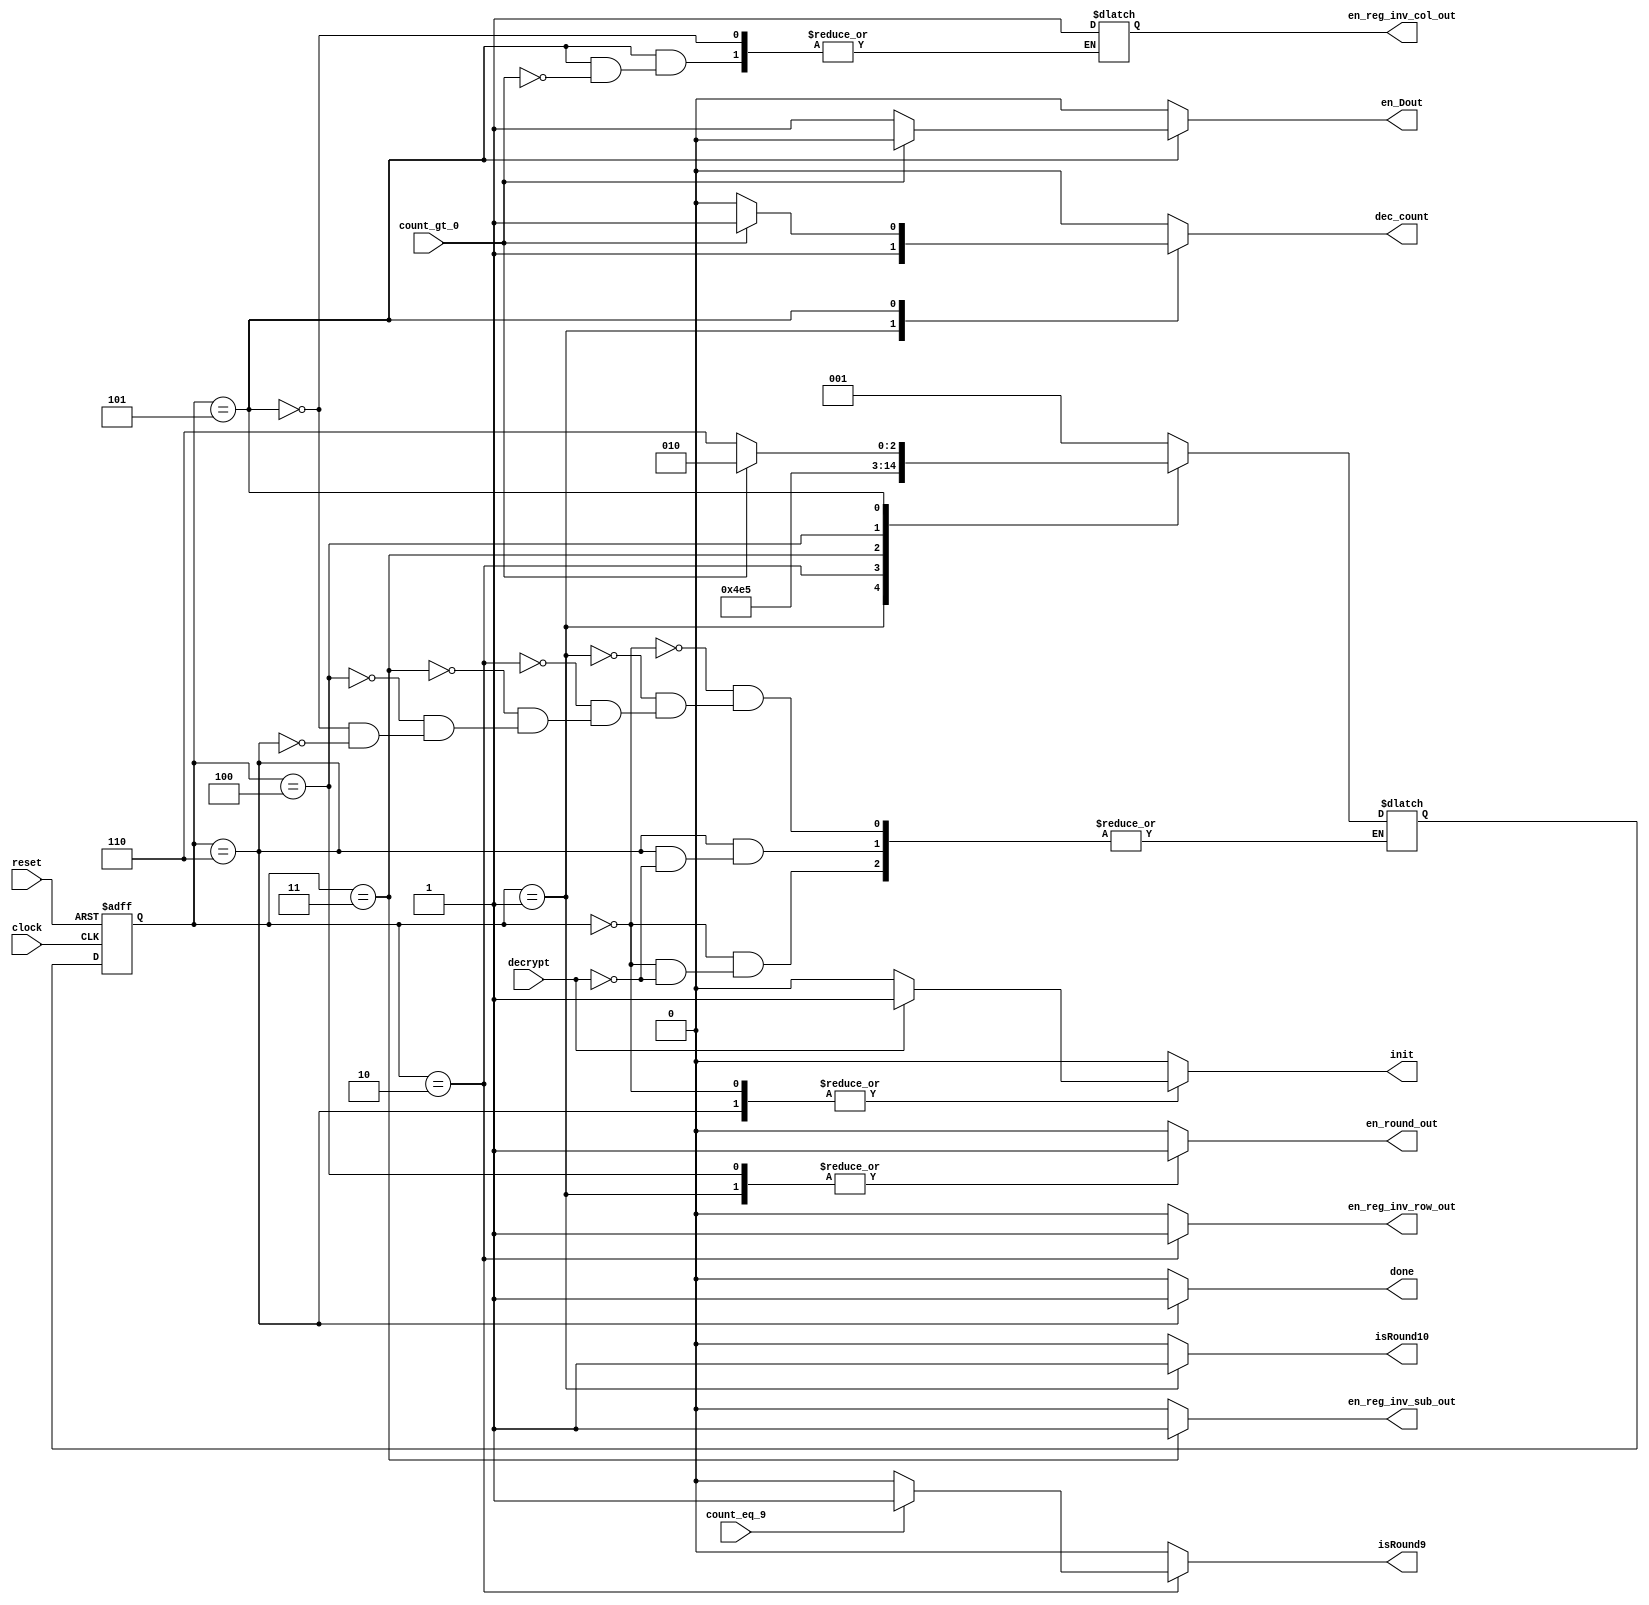
`timescale 1ns / 1ps

module ControlUnit_Decryption(
	output reg done, isRound10, isRound9, init, dec_count, en_round_out, en_reg_inv_row_out, en_reg_inv_sub_out, en_reg_inv_col_out, en_Dout,
	input decrypt, count_gt_0, count_eq_9, clock, reset
	);
	parameter S0 = 3'd0, S1 = 3'd1, S2 = 3'd2, S3 = 3'd3, S4 = 3'd4, S5 = 3'd5, S6 = 3'd6;
	reg [2:0] current, next; 
	/*
	reg [2:0] state;
	reg [3:0] count;
	reg [127:0] round_out, encrypted_text, key, reg_inv_sub_out, reg_inv_row_out, reg_inv_col_out, reg_mux_out;
	wire [127:0] inv_sub_out, inv_row_out, inv_col_out, mux_out;
	wire [127:0] key_r [0:10];
	
	reg isRound10;
	Key_expansion ke(key_r[0], key_r[1], key_r[2], key_r[3], key_r[4], key_r[5], key_r[6], key_r[7], key_r[8], key_r[9], key_r[10], key);
	
	assign mux_out = (isRound10) ? round_out : reg_inv_col_out;
	Inv_shift_rows sr0(inv_row_out, mux_out);
	Inv_Sub_Bytes sb0(inv_sub_out, reg_inv_row_out);
	Inv_mix_cols mc(inv_col_out, round_out);
	
	wire [127:0] key_r_out;
	assign key_r_out = key_r[count];
	
	*/
	always @(posedge clock, posedge reset) begin
		if (reset)
			current <= S0;
		else
			current <= next;
	end
	
	always @(*) begin
		done = 0;
		isRound10 = 0;
		isRound9 = 0;
		init = 0;
		dec_count = 0;
		en_round_out = 0;
		en_reg_inv_row_out = 0;
		en_reg_inv_sub_out = 0;
		en_Dout = 0;
		case (current)
			S0: begin
				if (decrypt) begin
					init = 1;
					next = S1;
				end
			end
			S1: begin						
				isRound10 = 1;
				//round_out <= encrypted_text ^ key_r_out;
				en_round_out = 1;
				dec_count = 1;
				next = S2;
			end
			S2: begin
				//reg_inv_row_out <= inv_row_out;
				if (count_eq_9) begin
					isRound9 = 1;
				end
				en_reg_inv_row_out = 1;
				next = S3;
			end
			S3: begin
				//reg_inv_sub_out <= inv_sub_out;
				en_reg_inv_sub_out = 1;
				next = S4;
			end
			S4: begin
				//round_out <= inv_sub_out ^ key_r_out;
				en_round_out = 1;
				next = S5;
			end
			S5: begin
				if (count_gt_0) begin
					//reg_inv_col_out <= inv_col_out;
					en_reg_inv_col_out = 1;
					dec_count = 1;
					next = S2;
				end
				else begin
					//Dout <= inv_sub_out ^ key_r_out;
					en_Dout = 1;
					next = S6;
				end
			end
			S6: begin
				done = 1;
				if (decrypt) begin
					init = 1;
					next = S1;
				end
			end
		endcase
	end
endmodule